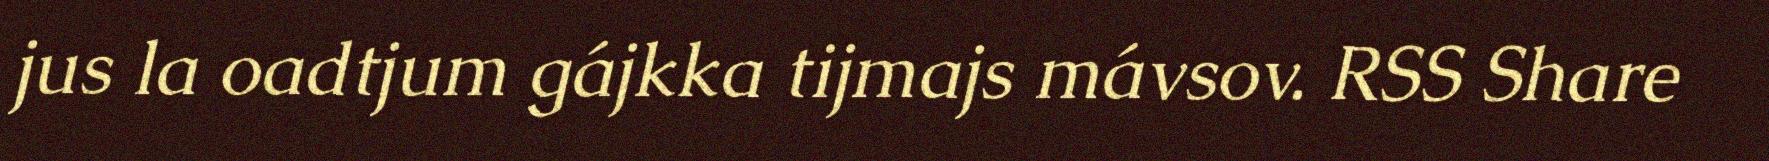
jus la oadtjum gájkka tijmajs mávsov. RSS Share